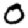
Digit: 0